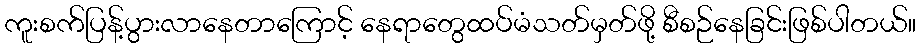
ကူးစက်ပြန့်ပွားလာနေတာကြောင့် နေရာတွေထပ်မံသတ်မှတ်ဖို့ စီစဉ်နေခြင်းဖြစ်ပါတယ်။